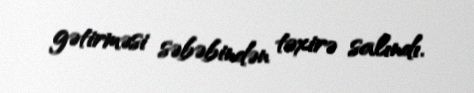
gətirməsi səbəbindən təxirə salındı.